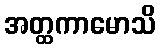
အတ္ထကာမောသိ